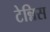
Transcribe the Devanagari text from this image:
टेन्निस